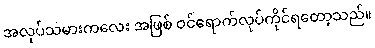
အလုပ်သမားကလေး အဖြစ် ဝင်ရောက်လုပ်ကိုင်ရတော့သည်။